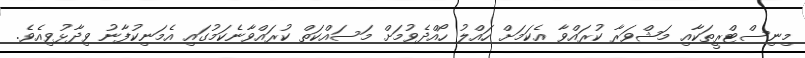
މިނިސްޓްރީތަކާއި މަޝްވަރާ ކުރައްވާ އެކަމަށް ހައްލު ހޯއްދެވުމަށް މަސައްކަތް ކުރައްވާނެކަމުގައި އެމަނިކުފާނު ވިދާޅުވިއެވެ.